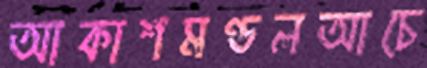
আকাশমণ্ডলআচে